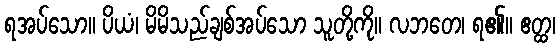
ရအပ်သော။ ပိယံ၊ မိမိသည်ချစ်အပ်သော သူတို့ကို။ လဘတေ၊ ရ၏။ ဧတ္ထ၊